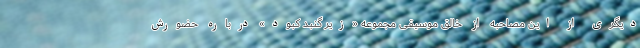
دیگری از این مصاحبه از خالق موسیقی مجموعه «زیر گنبد کبود» درباره حضورش